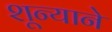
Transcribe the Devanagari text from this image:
शून्याने